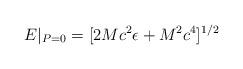
LaTeX: \begin{align*}E|_{P=0}=[2Mc^{2}\epsilon+M^{2}c^{4}]^{1/2}\end{align*}